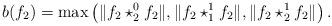
LaTeX: \begin{align*} b(f_{2})=\max\left( \|f_{2}\star_{2}^{0}f_{2}\|,\|f_{2}\star_{1}^{1} f_2\|,\|f_{2}\star _{2}^{1} f_{2}\| \right).\end{align*}